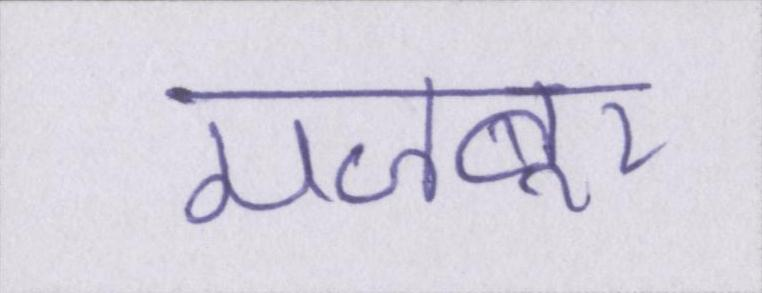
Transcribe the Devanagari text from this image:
मजबूर